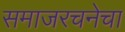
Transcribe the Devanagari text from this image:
समाजरचनेचा